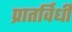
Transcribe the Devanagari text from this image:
प्रातर्विधी